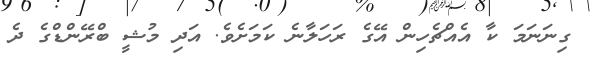
ގިނަނަމަ ކާ އެއްޗެހިން އޭގެ ރަހަލާނެ ކަމަށެވެ. އަދި މުޝީ ބްރޭންޑްގެ ދެ